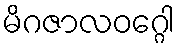
မိဂဇာလဝဂ္ဂေါ